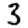
Digit: 3